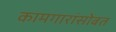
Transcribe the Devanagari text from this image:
कामगारांसोबत